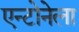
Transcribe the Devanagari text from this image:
एन्टोनेला